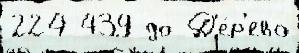
224 439 до Д'е́р'ево